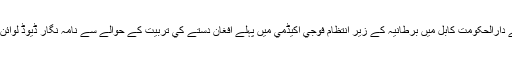
افغانستان کے دارالحکومت کابل ميں برطانيہ کے زيرِ انتظام فوجي اکيڈمي ميں پہلے افغان دستے کي تربيت کے حوالے سے نامہ نگار ڈيوڈ لوائن کي رپورٹ۔